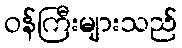
ဝန်ကြီးများသည်